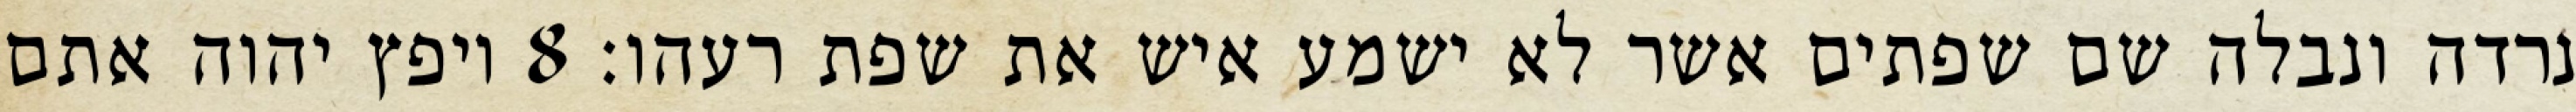
נרדה ונבלה שם שפתים אשר לא ישמע איש את שפת רעהו׃ ‎8‏ ויפץ יהוה אתם